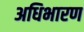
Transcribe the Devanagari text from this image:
अधिभारण